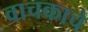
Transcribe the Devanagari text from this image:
वाचकाचे